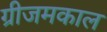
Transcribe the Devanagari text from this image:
ग्रीजमकाल